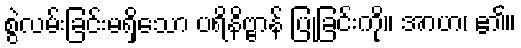
စွဲလမ်းခြင်းမရှိသော ပရိနိဗ္ဗာန် ပြုခြင်းကို။ အာဟ၊ ၏။